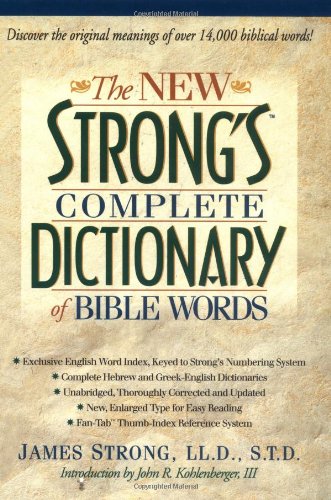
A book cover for The New Strong's Complete Dictionary of Bible Words; James Strong; Christian Books & Bibles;